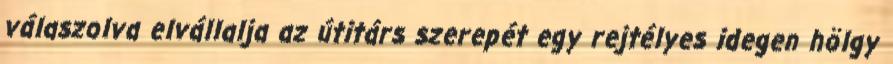
válaszolva elvállalja az útitárs szerepét egy rejtélyes idegen hölgy